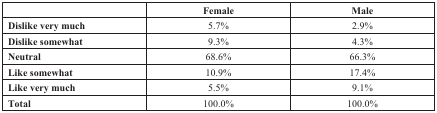
<table><thead><tr><td></td><td><b>Female</b></td><td><b>Male</b></td></tr></thead><tbody><tr><td><b>Dislike very much</b></td><td>5.7%</td><td>2.9%</td></tr><tr><td><b>Dislike somewhat</b></td><td>9.3%</td><td>4.3%</td></tr><tr><td><b>Neutral</b></td><td>68.6%</td><td>66.3%</td></tr><tr><td><b>Like somewhat</b></td><td>10.9%</td><td>17.4%</td></tr><tr><td><b>Like very much</b></td><td>5.5%</td><td>9.1%</td></tr><tr><td><b>Total</b></td><td>100.0%</td><td>100.0%</td></tr></tbody></table>